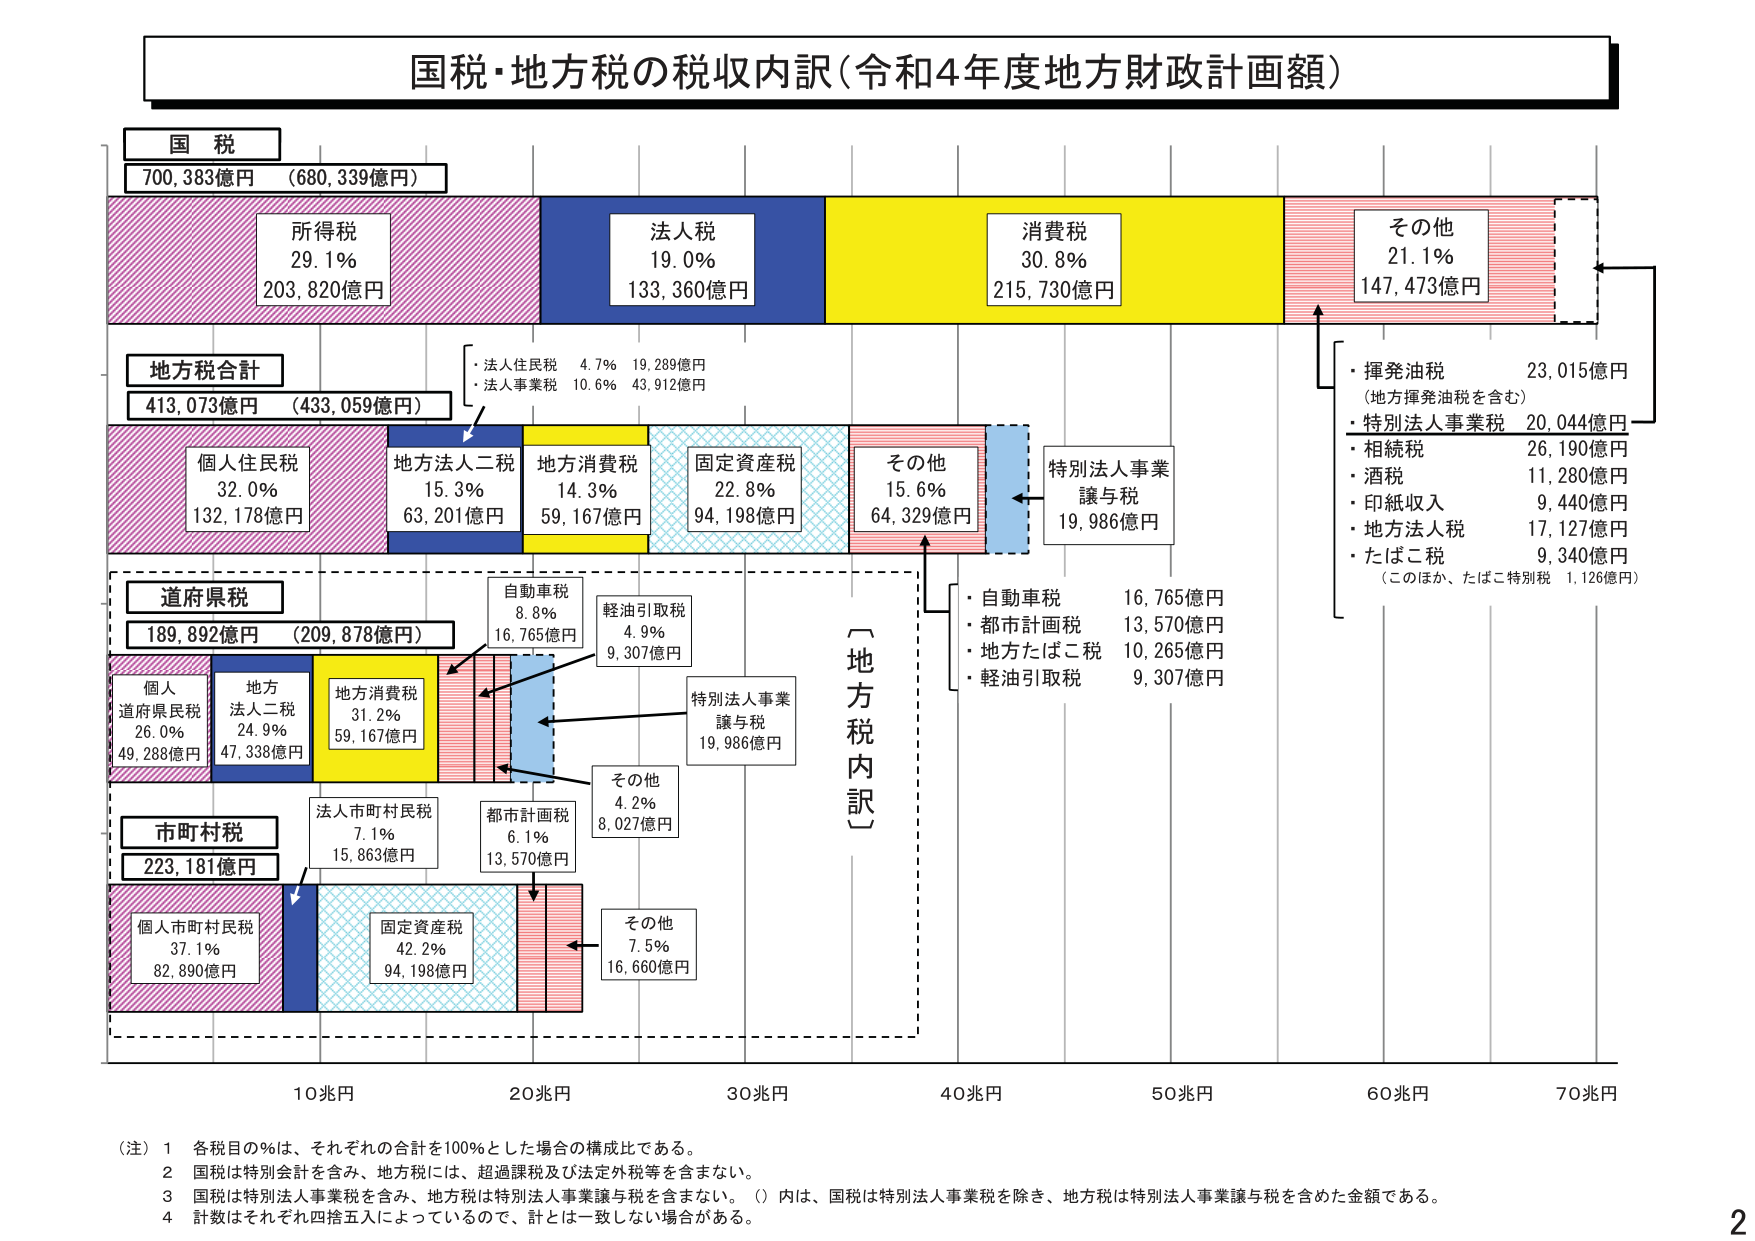
国税・地方税の税収内訳（令和4年度地方財政計画額）

国税
700,383億円（680,339億円）

所得税
29.1%
203,820億円

法人税
19.0%
133,360億円

消費税
30.8%
215,730億円

その他
21.1%
147,473億円

地方税合計
413,073億円（433,059億円）

・法人住民税 4.7% 19,289億円
・法人事業税 10.6% 43,912億円

個人住民税
32.0%
132,178億円

地方法人二税
15.3%
63,201億円

地方消費税
14.3%
59,167億円

固定資産税
22.8%
94,198億円

その他
15.6%
64,329億円

特別法人事業譲与税
19,986億円

揮発油税 23,015億円
（地方揮発油税を含む）
特別法人事業税 20,044億円
相続税 26,190億円
酒税 11,280億円
印紙収入 9,440億円
地方法人税 17,127億円
たばこ税 9,340億円
（このほか、たばこ特別税 1,126億円）

道府県税
189,892億円（209,878億円）

個人道府県民税
26.0%
49,288億円

地方法人二税
24.9%
47,338億円

地方消費税
31.2%
59,167億円

自動車税
8.8%
16,765億円

軽油引取税
4.9%
9,307億円

特別法人事業譲与税
19,986億円

その他
4.2%
8,027億円

市町村税
223,181億円

個人市町村民税
37.1%
82,890億円

法人市町村民税
7.1%
15,863億円

都市計画税
6.1%
13,570億円

固定資産税
42.2%
94,198億円

その他
7.5%
16,660億円

〔地方税内訳〕

・自動車税 16,765億円
・都市計画税 13,570億円
・地方たばこ税 10,265億円
・軽油引取税 9,307億円

10兆円 20兆円 30兆円 40兆円 50兆円 60兆円 70兆円

（注）1 各税目の％は、それぞれの合計を100％とした場合の構成比である。
2 国税は特別会計を含み、地方税には、超過課税及び法定外税等を含まない。
3 国税は特別法人事業税を含み、地方税は特別法人事業譲与税を含まない。（）内は、国税は特別法人事業税を除き、地方税は特別法人事業譲与税を含めた金額である。
4 計数はそれぞれ四捨五入によっているので、計とは一致しない場合がある。

2